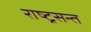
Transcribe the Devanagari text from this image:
राष्ट्रसन्त